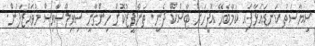
ސިޔާސަތު ކަނޑައަޅާފައި ކަމާބެހޭ އޮފީހަށް ޓާސްކް ދެނީ. ތަންފީޒުކޮށް ހިންގާނީ ސިވިލްސާވިސް މުވައްޒަފުން.